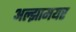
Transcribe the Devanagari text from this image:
अल्झामयर